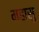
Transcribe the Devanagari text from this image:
महासु